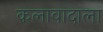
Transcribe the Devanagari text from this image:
कलावादाला